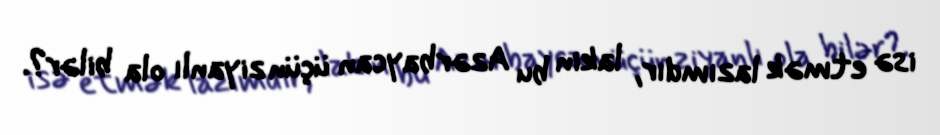
isə etmək lazımdır, lakin bu Azərbaycan üçün ziyanlı ola bilər?.